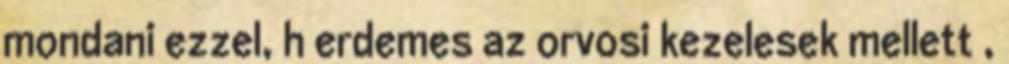
mondani ezzel, h erdemes az orvosi kezelesek mellett ,